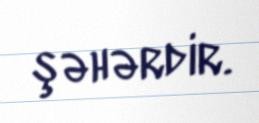
şəhərdir.